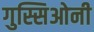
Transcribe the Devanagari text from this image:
गुस्सिओनी